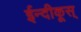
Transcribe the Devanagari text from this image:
ईन्दीकूस्